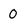
Character: 0